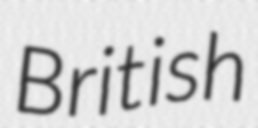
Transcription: British